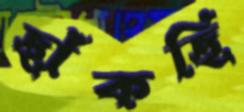
ছাঁকছি